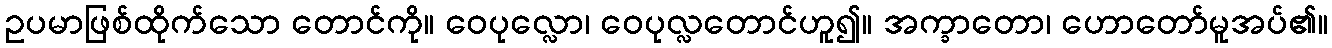
ဥပမာဖြစ်ထိုက်သော တောင်ကို။ ဝေပုလ္လော၊ ဝေပုလ္လတောင်ဟူ၍။ အက္ခာတော၊ ဟောတော်မူအပ်၏။